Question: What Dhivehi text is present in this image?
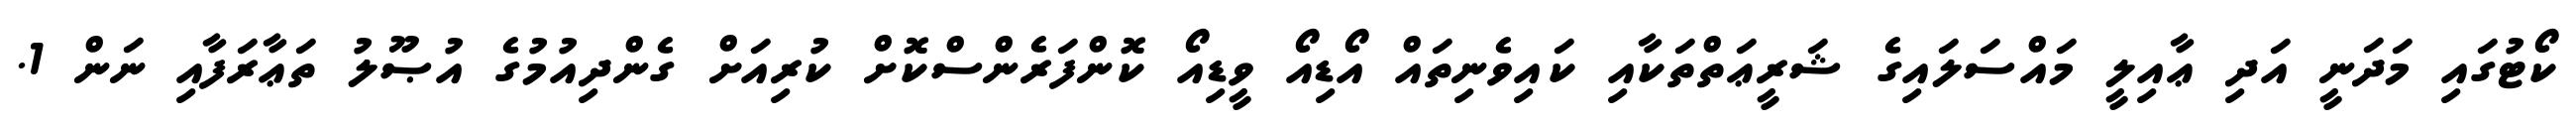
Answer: ކޯޓުގައި މަދަނީ އަދި ޢާއިލީ މައްސަލައިގެ ޝަރީޢަތްތަކާއި ކައިވެނިތައް އޯޑިއޯ ވީޑިއޯ ކޮންފަރެންސްކޮށް ކުރިއަށް ގެންދިއުމުގެ އުޞޫލު ތަޢާރަފާއި ނަން 1.